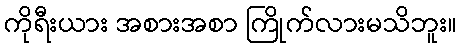
ကိုရီးယား အစားအစာ ကြိုက်လားမသိဘူး။